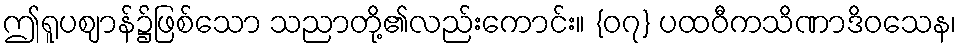
ဤရူပဈာန်၌ဖြစ်သော သညာတို့၏လည်းကောင်း။ {၀၇} ပထဝီကသိဏာဒိဝသေန၊